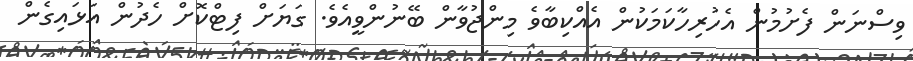
ވިސްނަން ފެށުމުން އެހުރިހާކަމަކުން އެއްކިބާވެ މިންޖުވާން ބޭނުންވީއެވެ. ގަޔަށް ފިޓްކޮށް ހެދުން އަޅައިގެން